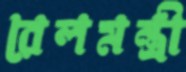
রেলমন্ত্রী